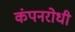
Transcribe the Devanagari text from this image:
कंपनरोधी